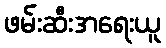
ဖမ်းဆီးအရေးယူ